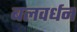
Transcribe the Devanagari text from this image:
बलवर्धन